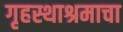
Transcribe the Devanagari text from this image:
गृहस्थाश्रमाचा